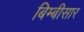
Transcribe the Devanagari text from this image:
बिम्बीसार